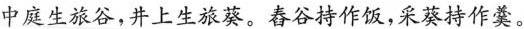
中庭生旅谷，井上生旅葵。舂谷持作饭，采葵持作羹。